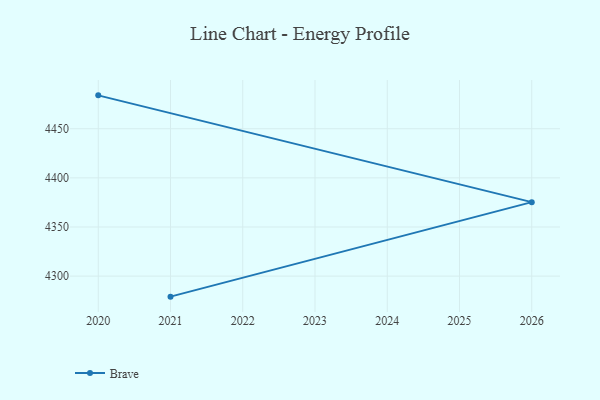
{"axis": {"x": "Year", "y": "Demand Index"}, "legend": ["Brave"], "data": [{"x": "2020", "y": 4484.0, "type": "Brave"}, {"x": "2026", "y": 4375.3, "type": "Brave"}, {"x": "2021", "y": 4279.1, "type": "Brave"}]}